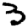
Digit: 3